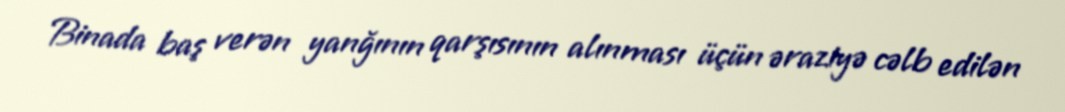
Binada baş verən yanğının qarşısının alınması üçün əraziyə cəlb edilən